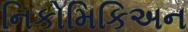
નિકોમિકિઅન